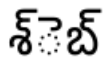
శ్ెబ్